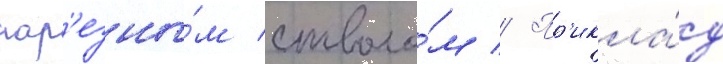
нар'езны́м стволо́м // Пр'икла́д